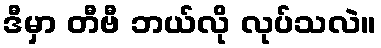
ဒီမှာ တီဗီ ဘယ်လို လုပ်သလဲ။